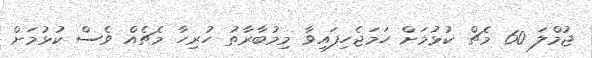
ޖުމްލަ 60 މެޗް ކުޅުމަށް ހަމަޖެހިފައިވާ މިމުބާރާތު ހުރިހާ މެޗެއް ވެސް ކުޅުމަށް